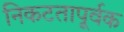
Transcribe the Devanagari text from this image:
निकटतापूर्वक